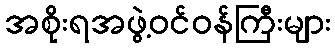
အစိုးရအဖွဲ့ဝင်ဝန်ကြီးများ